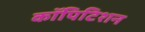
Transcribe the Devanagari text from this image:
कॉपिटिशन